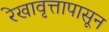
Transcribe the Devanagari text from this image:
रेखावृत्तापासून